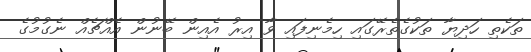
ތަކެތި ހަދިޔާ ތަކުގެތެރޭގައި ހިމެނިފައި ވާ އިރު އެއިން ބޭނުން އެއްޗެއް ނެގުމުގެ